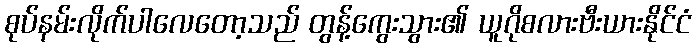
စုပ်နမ်းလိုက်ပါလေတော့သည် တွန့်ကွေးသွား၏ ယူဂိုစလားဗီးယားနိုင်ငံ